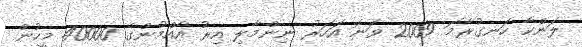
ލަންކާ ހަނގުރާމަ 2009 ވަނަ އަހަރު ނިންމާލި އިރު އާއްމުންގެ 40000 މީހުން